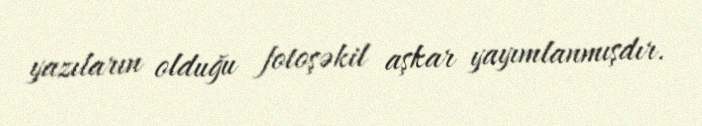
yazıların olduğu fotoşəkil aşkar yayımlanmışdır.